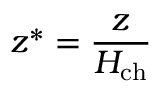
z ^ { * } = \frac { z } { H _ { \mathrm { c h } } }